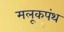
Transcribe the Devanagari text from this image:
मलूकपंथ